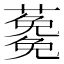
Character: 𮒉